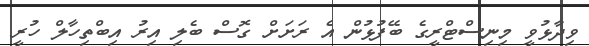
ވިދާޅުވީ މިނިސްޓްރީގެ ބޭފުޅުން އެ ރަށަށް ގޮސް ބެލި އިރު އިބްތިހާލް ހުރީ